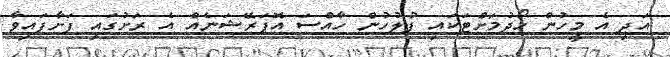
އަދި އެ މީހުން ހޯދުމަށްޓަކައި ފުލުހުން ހާއްސަ އޮޕަރޭޝަނެއް އެ ރަށުގައި ފަށާފައިވާ